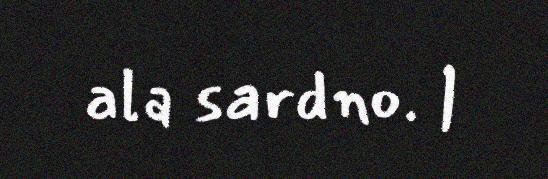
ala sardno. |